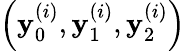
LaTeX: \left(\mathbf{y}_{0}^{(i)},\mathbf{y}_{1}^{(i)},\mathbf{y}_{2}^{(i)}\right)